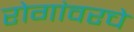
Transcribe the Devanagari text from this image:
रोगांवरचे